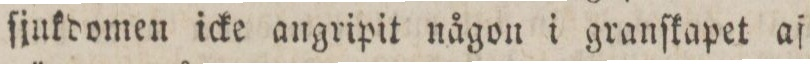
ſjnkdomen icke angripit någon i granſkapet af